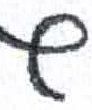
אות: ג